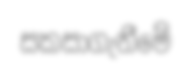
සකසාගැනීමේ